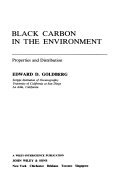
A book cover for Black Carbon in the Environment: Properties and Distribution (Environmental Science and Technology Series); Edward D. Goldberg; Science & Math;